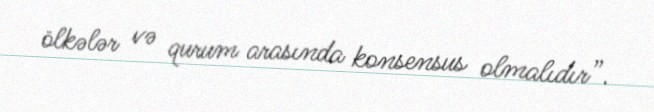
ölkələr və qurum arasında konsensus olmalıdır”.